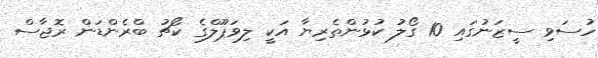
ހުސަވި ސީޒަނުގައި 10 ގޯލު ކުޅުންތެރިޔާ އަކީ ލިވަޕޫލްގެ ކޯޗު ބްރެންޑަން ރޮޖާސް